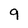
Character: 9